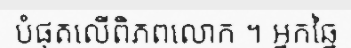
បំផុតលើពិភពលោក ។ អ្នកឆ្នៃ